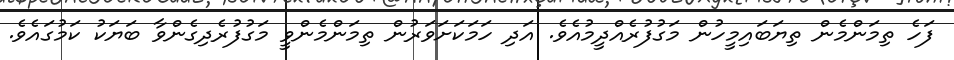
ފަހެ ތިމަންމެން ތިޔަބައިމީހުން މަގުފުރެއްދީމުއެވެ. އަދި ހަމަކަށަވަރުން ތިމަންމެންވީ މަގުފުރެދިގެންވާ ބަޔަކު ކަމުގައެވެ.